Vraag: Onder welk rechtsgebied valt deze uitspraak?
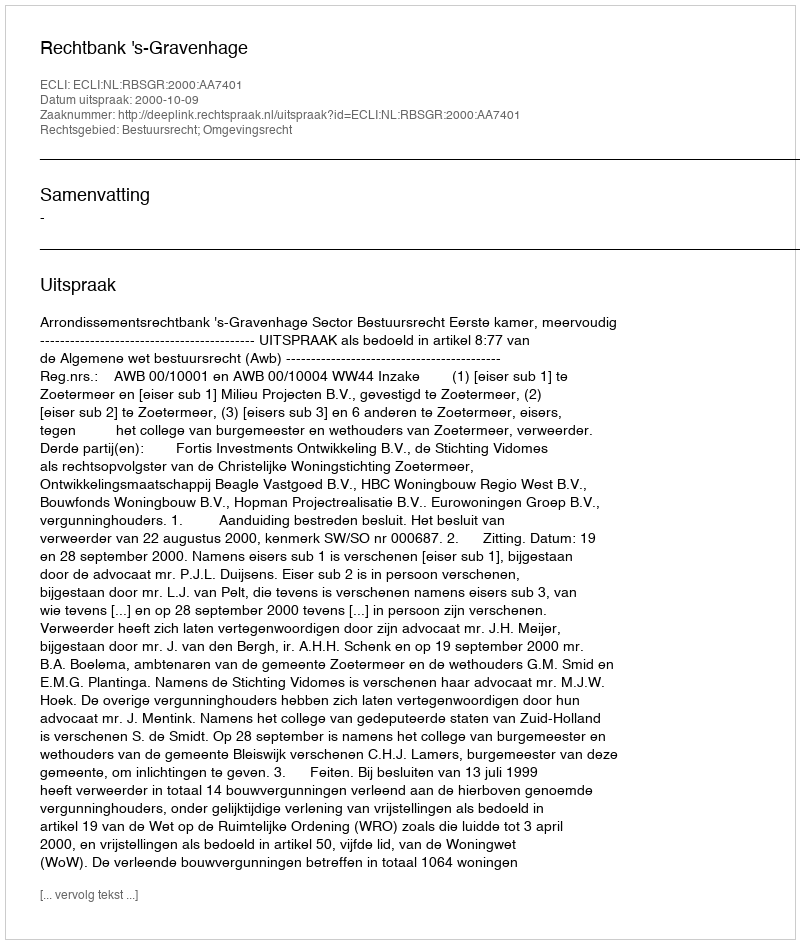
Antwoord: Bestuursrecht; Omgevingsrecht